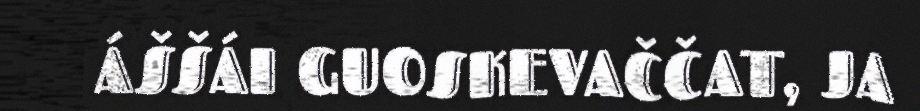
ÁŠŠÁI GUOSKEVAČČAT, JA